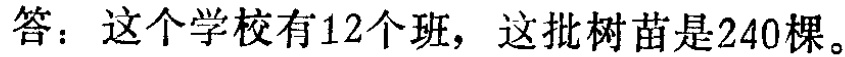
答：这个学校有12个班，这批树苗是240棵。